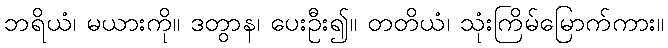
ဘရိယံ၊ မယားကို။ ဒတွာန၊ ပေးဦး၍။ တတိယံ၊ သုံးကြိမ်မြောက်ကား။